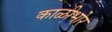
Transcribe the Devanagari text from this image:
काळीभोर